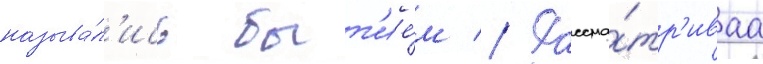
называ́л'ись быт'ие́м // Рассма́тр'иваа